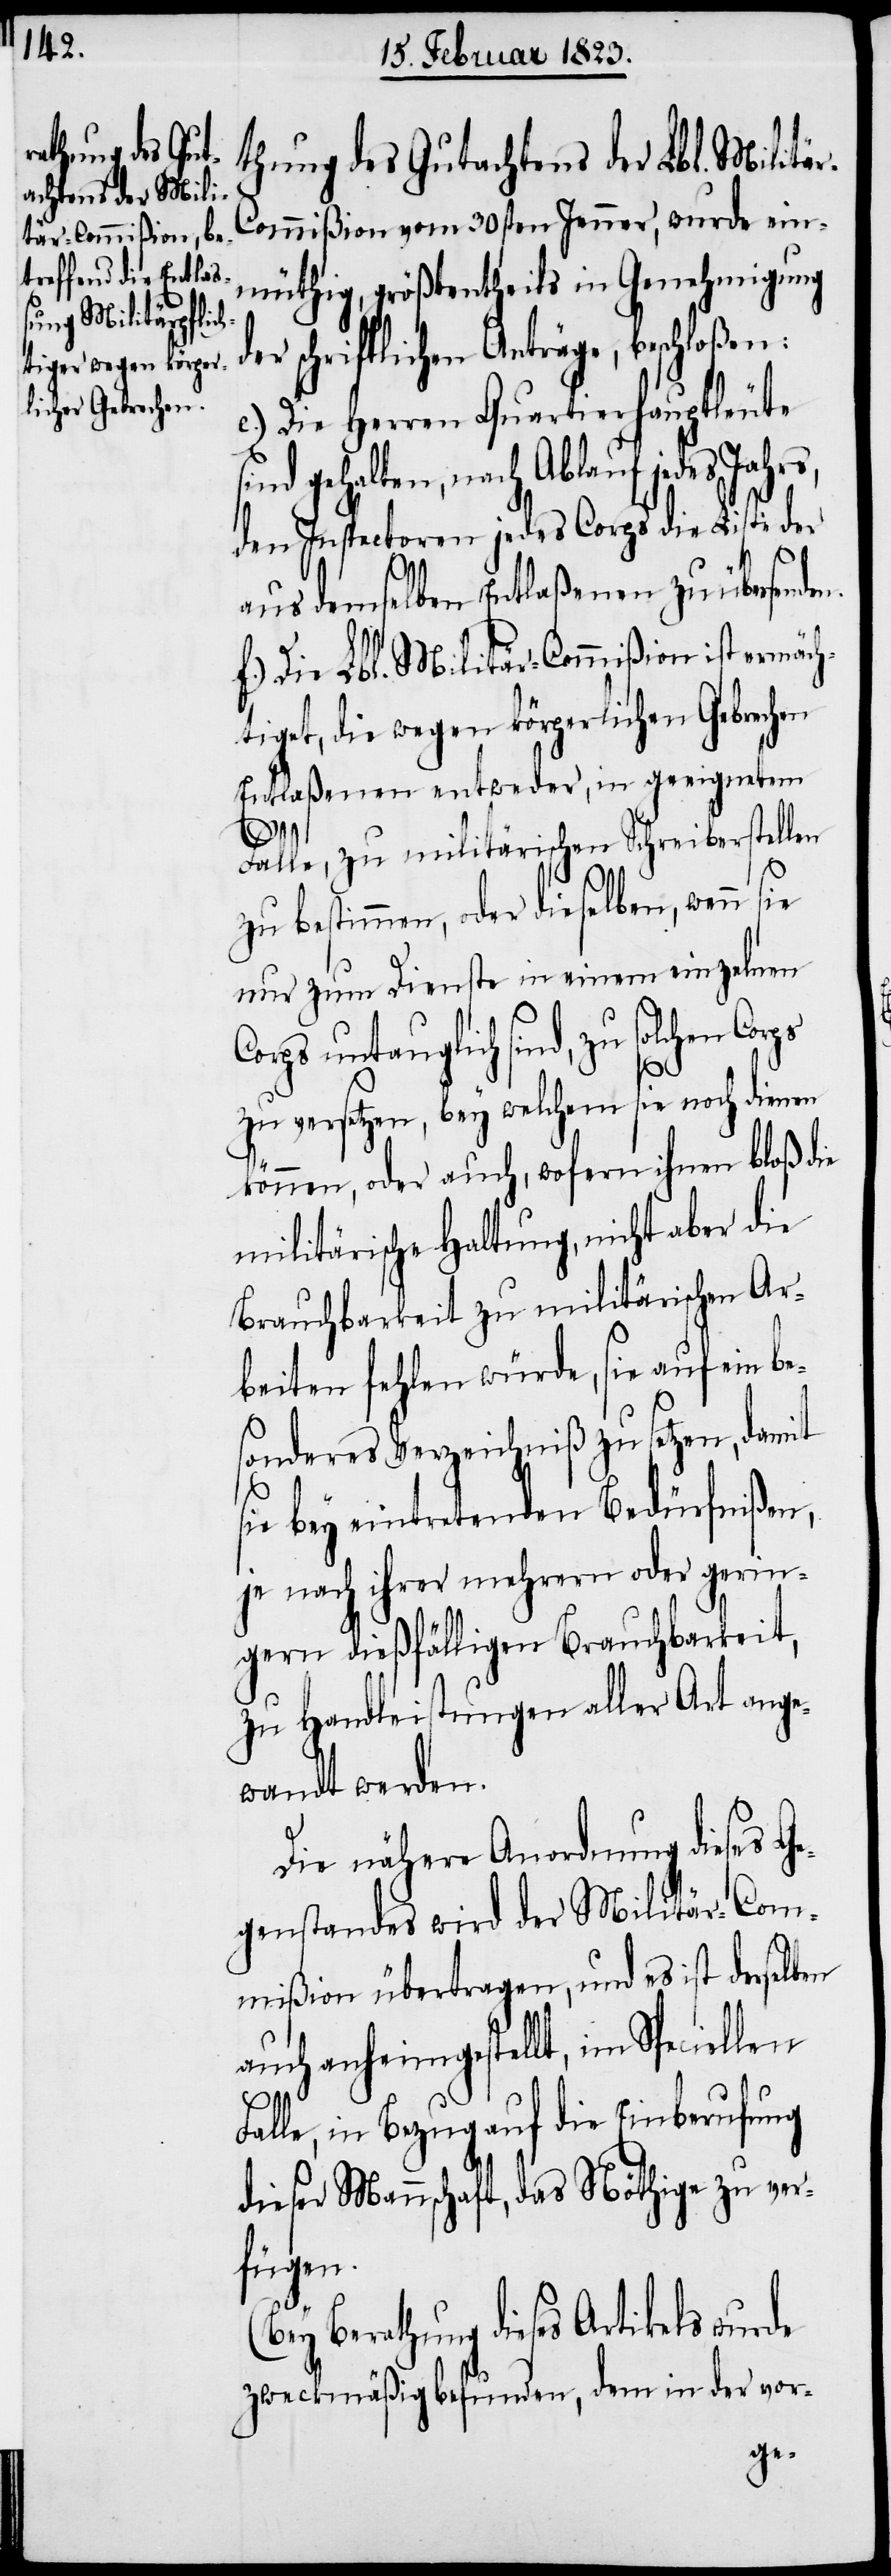
thung des Gutachtens der Lbl. Militä¬
r-Commißion vom 30sten Jenner, wurde ein¬
müthig, größtentheils in Genehmigung
der schriftlichen Anträge, beschloßen:
e.) Die Herren Quartierhauptleute
nd gehalten, nach Ablauf jedes
den Inspectoren jedes Corps die Liste der
ps
aus demselben Entlaßenen zu übersenden.
f.) Die Lbl. Militär-Commißion ist ermäch¬
tiget, die wegen körperlichen Gebrechen
Entlaßenen entweder, in geeignetem
Falle, zu militärischen Schreiberstellen
zu bestimmen, oder dieselben, wenn sie
nur zum Dienste in einem einzelnen
Corps untauglich sind, zu solchen Cor¬
zu versetzen, bey welchem sie noch dienen
können, oder auch, wofern ihnen bloß die
militärische Haltung, nicht aber die
Brauchbarkeit zu militärischen Ar¬
beiten fehlen würde, sie auf ein be¬
sonderes Verzeichniß zu setzen, damit
sie bey eintretenden Bedürfnißen,
je nach ihrer mehrern oder gerin¬
gern dießfälligen Brauchbarkeit,
zu Handleistungen aller Art ange¬
wandt werden.
Die nähere Anordnung dieses G¬
egenstandes wird der Militär-Com¬
mißion übertragen, und es ist derselben
auch anheimgestellt, im Speciellen
Falle, in Bezug auf die Einberufung
dieser Mannschaft, das Nöthige zu ver¬
fügen.
Berathung dieses Artikels wurde
zweckmäßig befunden, dem in der vor-